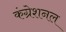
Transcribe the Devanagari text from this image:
कंग्रेशनल